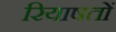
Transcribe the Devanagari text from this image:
रियाषतों